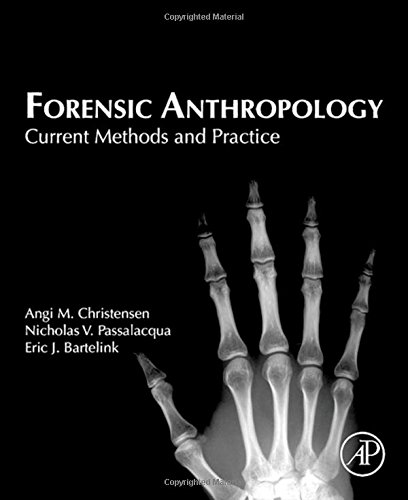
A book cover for Forensic Anthropology: Current Methods and Practice; Angi M. Christensen; Medical Books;